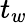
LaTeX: t_{w}